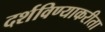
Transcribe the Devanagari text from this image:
दर्शविण्याकरीता